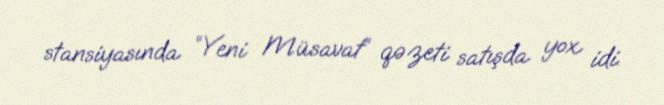
stansiyasında “Yeni Müsavat” qəzeti satışda yox idi.